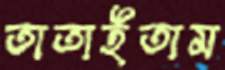
তাতাইতাম